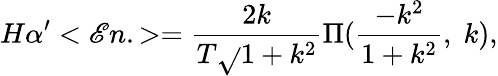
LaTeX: H\alpha^{\prime}<\mathscr{E}n.>=\frac{{2k}}{{T\sqrt{}{{1+k^{2}}}}}\Pi(\frac{{-k^{2}}}{{1+k^{2}}},\; k),